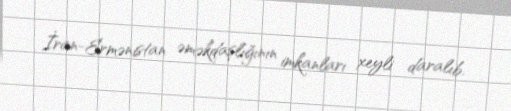
İran-Ermənistan əməkdaşlığının imkanları xeyli daralıb.